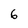
Character: 6